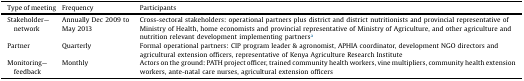
<table><thead><tr><td><b>Type of meeting</b></td><td><b>Frequency</b></td><td><b>Participants</b></td></tr></thead><tbody><tr><td>Stakeholder—network</td><td>Annually Dec 2009 to May 2013</td><td>Cross-sectoral stakeholders: operational partners plus district and district nutritionists and provincial representative of Ministry of Health, home economists and provincial representative of Ministry of Agriculture, and other agriculture and nutrition relevant development implementing partnersa</td></tr><tr><td>Partner</td><td>Quarterly</td><td>Formal operational partners: CIP program leader &amp; agronomist, APHIA coordinator, development NGO directors and agricultural extension officers, representative of Kenya Agriculture Research Institute</td></tr><tr><td>Monitoring—feedback</td><td>Monthly</td><td>Actors on the ground: PATH project officer, trained community health workers, vine multipliers, community health extension workers, ante-natal care nurses, agricultural extension officers</td></tr></tbody></table>